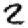
Digit: 2